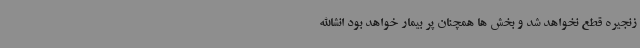
زنجیره قطع نخواهد شد و بخش ها همچنان پر بیمار خواهد بود انشاالله